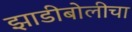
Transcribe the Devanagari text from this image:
झाडीबोलीचा